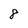
Character: 8